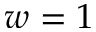
w = 1